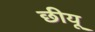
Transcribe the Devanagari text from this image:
छीयू